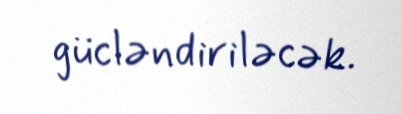
gücləndiriləcək.